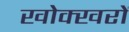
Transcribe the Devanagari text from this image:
खोक्खरों